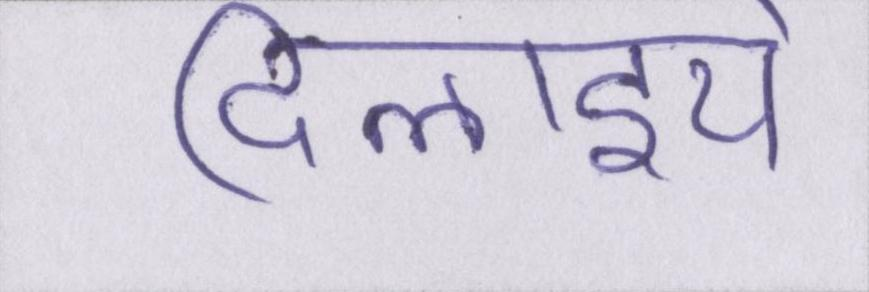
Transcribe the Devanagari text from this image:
दिलाइये